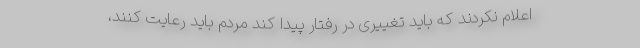
اعلام نکردند که باید تغییری در رفتار پیدا کند مردم باید رعایت کنند،